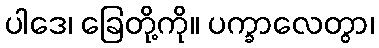
ပါဒေ၊ ခြေတို့ကို။ ပက္ခာလေတွာ၊